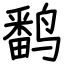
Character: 𬸪